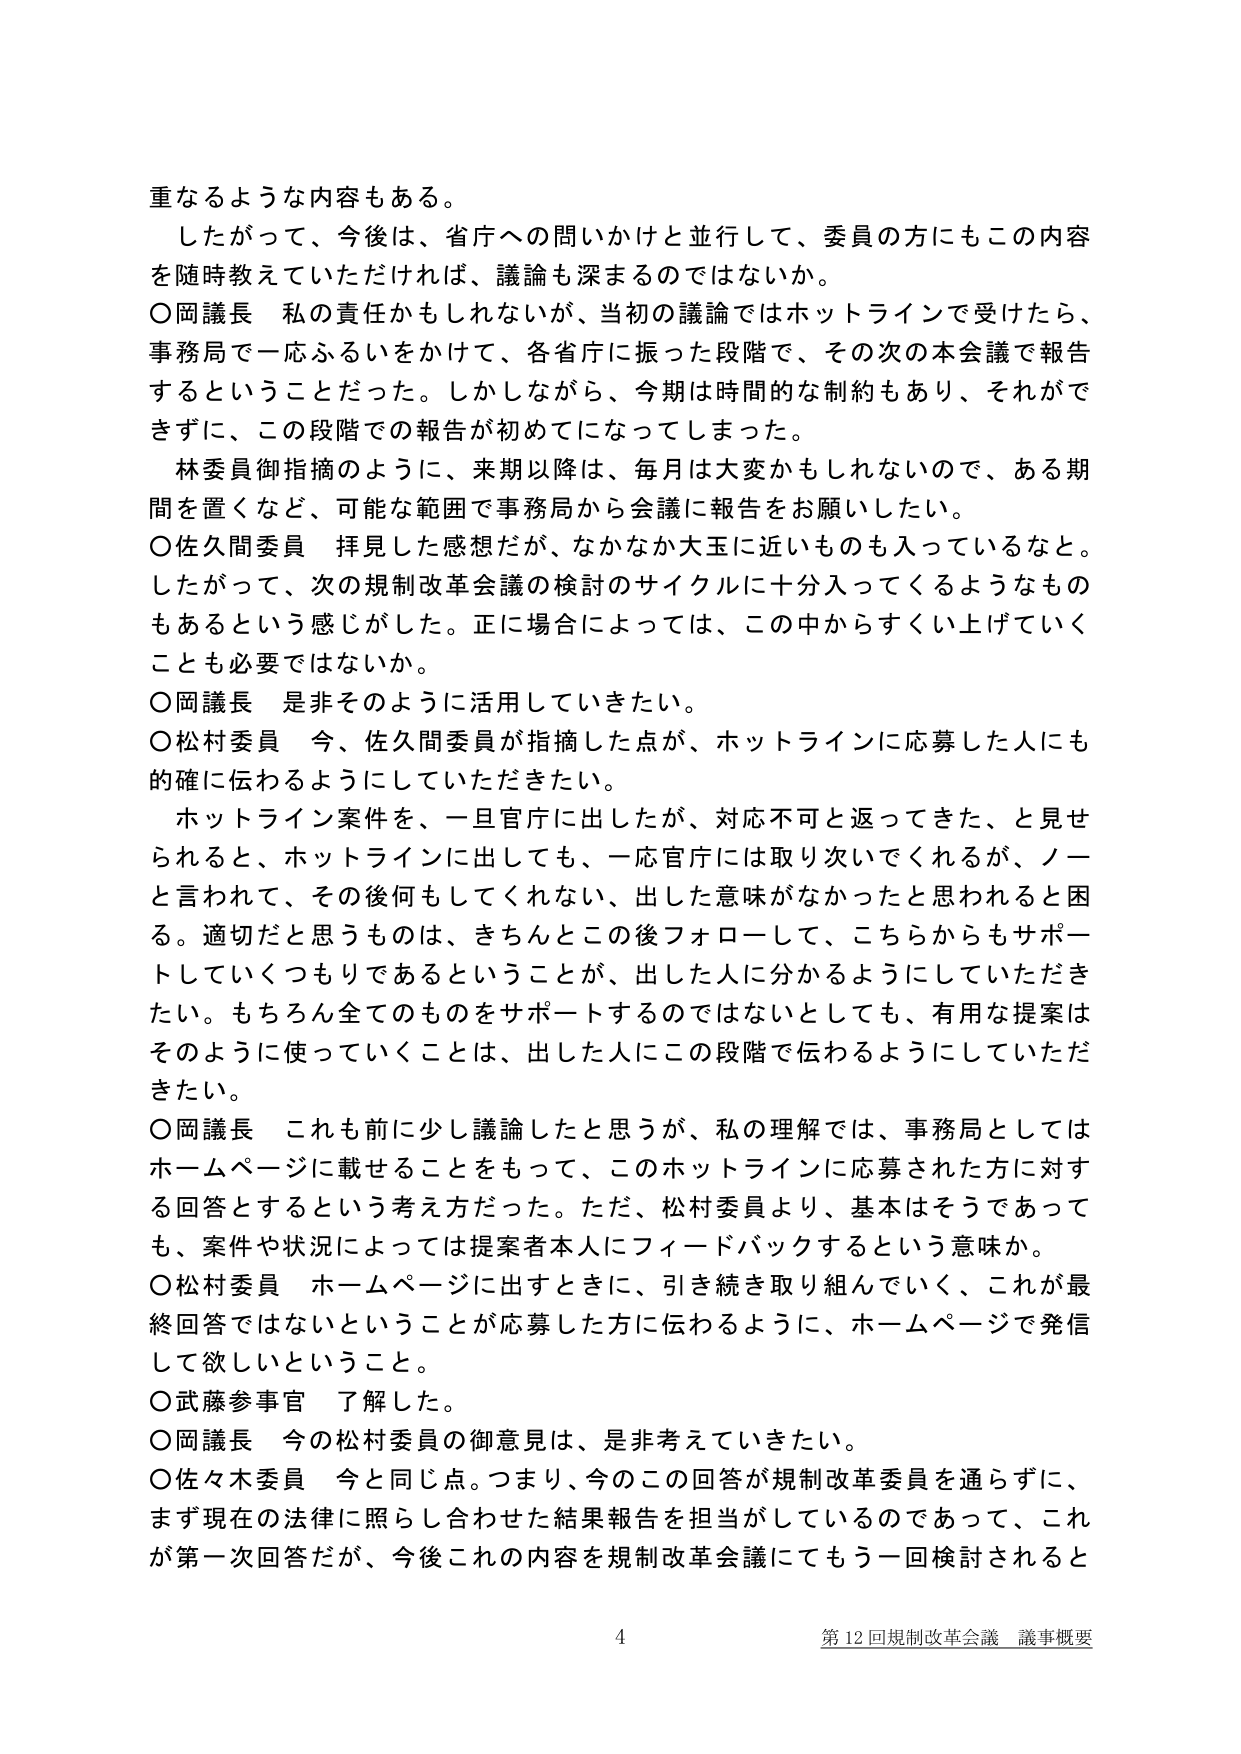
重なるような内容もある。
したがって、今後は、省庁への問いかけと並行して、委員の方にもこの内容を随時教えていただければ、議論も深まるのではないか。
○岡議長　私の責任かもしれないが、当初の議論ではホットラインで受けたら、事務局で一応ふるいをかけて、各省庁に振った段階で、その次の本会議で報告するということだった。しかしながら、今期は時間的な制約もあり、それができずに、この段階での報告が初めてになってしまった。
　林委員御指摘のように、来期以降は、毎月は大変かもしれないので、ある期間を置くなど、可能な範囲で事務局から会議に報告をお願いしたい。
○佐久間委員　拝見した感想だが、なかなか大玉に近いものも入っているなと。したがって、次の規制改革会議の検討のサイクルに十分入ってくるようなものもあるという感じがした。正に場合によっては、この中からすくい上げていくことも必要ではないか。
○岡議長　是非そのように活用していきたい。
○松村委員　今、佐久間委員が指摘した点が、ホットラインに応募した人にも的確に伝わるようにしていただきたい。
　ホットライン案件を、一旦官庁に出したが、対応不可と返ってきた、と見せられると、ホットラインに出しても、一応官庁には取り次いでくれるが、ノーと言われて、その後何もしてくれない、出した意味がなかったと思われると困る。適切だと思うものは、きちんとこの後フォローして、こちらからもサポートしていくつもりであるということが、出した人に分かるようにしていただきたい。もちろん全てのものをサポートするのではないとしても、有用な提案はそのように使っていくことは、出した人にこの段階で伝わるようにしていただきたい。
○岡議長　これも前に少し議論したと思うが、私の理解では、事務局としてはホームページに載せることをもって、このホットラインに応募された方に対する回答とするという考え方だった。ただ、松村委員より、基本はそうであっても、案件や状況によっては提案者本人にフィードバックするという意味か。
○松村委員　ホームページに出すときに、引き続き取り組んでいく、これが最終回答ではないということが応募した方に伝わるように、ホームページで発信して欲しいということ。
○武藤参事官　了解した。
○岡議長　今の松村委員の御意見は、是非考えて行きたい。
○佐々木委員　今と同じ点。つまり、今のこの回答が規制改革委員を通らずに、まず現在の法律に照らし合わせた結果報告を担当がしているのであって、これが第一次回答だが、今後これの内容を規制改革会議にてもう一回検討されると

4
第12回規制改革会議 議事概要